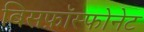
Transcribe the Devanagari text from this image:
बिसफ़ॉस्फोनेट